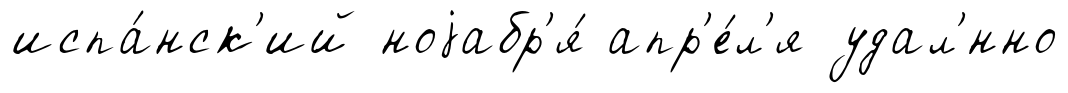
испа́нск'ий ноjабр'я́ апр'е́л'я удал'́нно